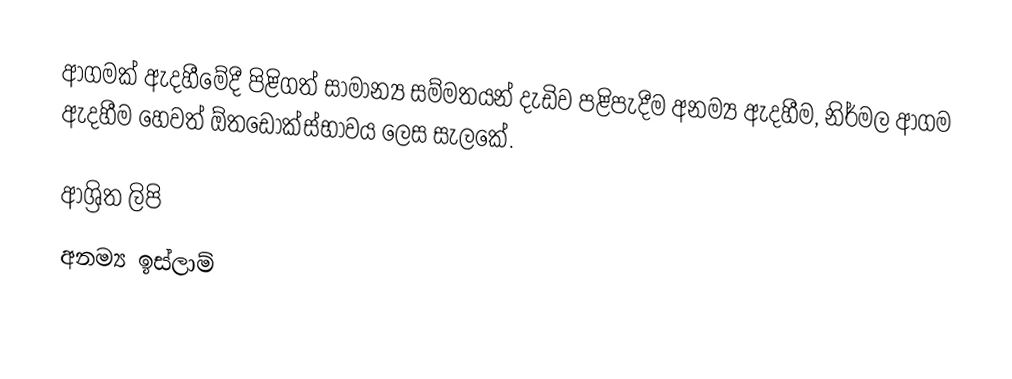
ආගමක් ඇදහීමේදී පිළිගත් සාමාන්‍ය සම්මතයන් දැඩිව පළිපැදීම අනම්‍ය ඇදහීම, නිර්මල ආගම ඇදහීම හෙවත් ඕතඩොක්ස්භාවය ලෙස සැලකේ.

ආශ්‍රිත ලිපි
 අනම්‍ය ඉස්ලාම්